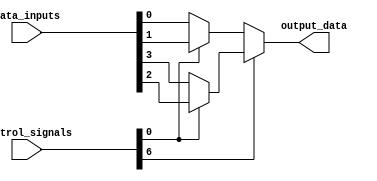
module multiplexer_128to1 (
    input [127:0] data_inputs,
    input [6:0] control_signals,
    output reg output_data
);

reg [126:0] intermediate_data; // Array to store intermediate data signals

// First stage of 2:1 multiplexers
genvar i;
generate
for (i = 0; i < 64; i = i + 1) begin : stage1
    assign intermediate_data[i] = (control_signals[0] == i) ? data_inputs[2*i] : data_inputs[2*i + 1];
end
endgenerate

// Second stage of 2:1 multiplexers
generate
for (i = 0; i < 32; i = i + 1) begin : stage2
    assign intermediate_data[64 + i] = (control_signals[1] == i) ? intermediate_data[2*i] : intermediate_data[2*i + 1];
end
endgenerate

// Third stage of 2:1 multiplexers
generate
for (i = 0; i < 16; i = i + 1) begin : stage3
    assign intermediate_data[96 + i] = (control_signals[2] == i) ? intermediate_data[2*i] : intermediate_data[2*i + 1];
end
endgenerate

// Fourth stage of 2:1 multiplexers
generate
for (i = 0; i < 8; i = i + 1) begin : stage4
    assign intermediate_data[112 + i] = (control_signals[3] == i) ? intermediate_data[2*i] : intermediate_data[2*i + 1];
end
endgenerate

// Fifth stage of 2:1 multiplexers
generate
for (i = 0; i < 4; i = i + 1) begin : stage5
    assign intermediate_data[120 + i] = (control_signals[4] == i) ? intermediate_data[2*i] : intermediate_data[2*i + 1];
end
endgenerate

// Sixth stage of 2:1 multiplexers
generate
for (i = 0; i < 2; i = i + 1) begin : stage6
    assign intermediate_data[124 + i] = (control_signals[5] == i) ? intermediate_data[2*i] : intermediate_data[2*i + 1];
end
endgenerate

// Seventh stage of 2:1 multiplexers
generate
begin : stage7
    assign output_data = (control_signals[6] == 0) ? intermediate_data[0] : intermediate_data[1];
end
endgenerate

endmodule